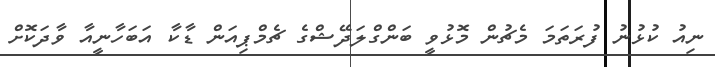
ނިއު ކުޅުނު ފުރަތަމަ މެޗުން މޮޅުވީ ބަންގްލަދޭޝްގެ ޗެމްޕިއަން ޑާކާ އަބަހާނީއާ ވާދަކޮށް